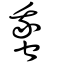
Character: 䖸